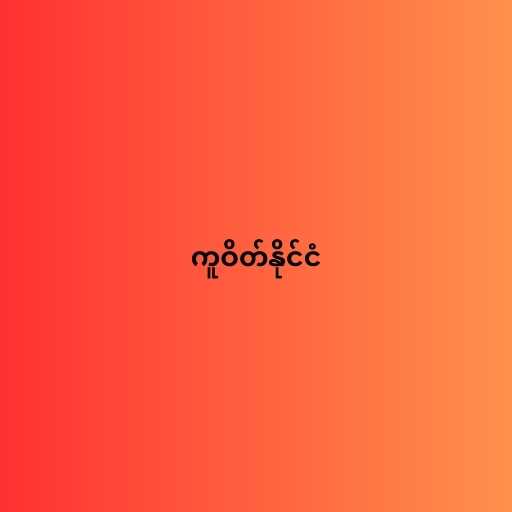
ကူဝိတ်နိုင်ငံ